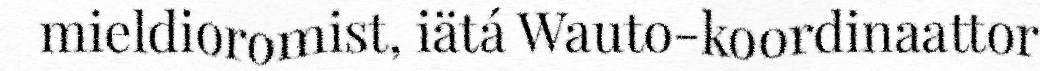
mieldioromist, iätá Wauto-koordinaattor